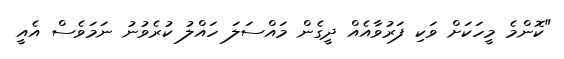
"ކޮންމެ މީހަކަށް ވަކި ފަރުވާއެއް ދީގެން މައްސަލަ ހައްލު ކުރެވުނު ނަމަވެސް އެއީ